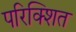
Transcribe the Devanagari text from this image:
परिक्शित